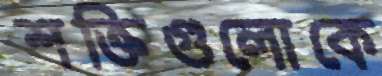
শক্তিগুলোকে